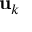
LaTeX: \mathbf { u } _ { k }